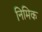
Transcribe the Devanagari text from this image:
निमिक